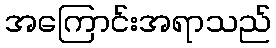
အကြောင်းအရာသည်